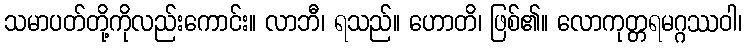
သမာပတ်တို့ကိုလည်းကောင်း။ လာဘီ၊ ရသည်။ ဟောတိ၊ ဖြစ်၏။ လောကုတ္တရမဂ္ဂဿဝါ၊